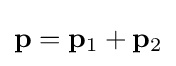
\mathbf {p} =\mathbf {p} _{1}+\mathbf {p} _{2}